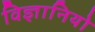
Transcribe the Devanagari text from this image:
विज्ञानियो